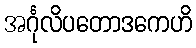
အင်္ဂုလိပတောဒကေဟိ